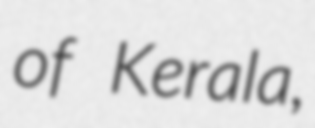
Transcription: of Kerala,